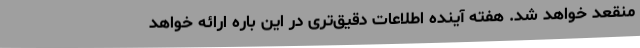
منقعد خواهد شد. هفته آینده اطلاعات دقیق‌تری در این باره ارائه خواهد